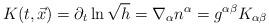
LaTeX: \begin{align*}K(t,\vec{x}) =\partial_t \ln \sqrt{h}=\nabla_\alpha n^\alpha =g^{\alpha\beta}K_{\alpha\beta}\end{align*}